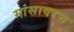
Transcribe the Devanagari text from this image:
मांसावरच